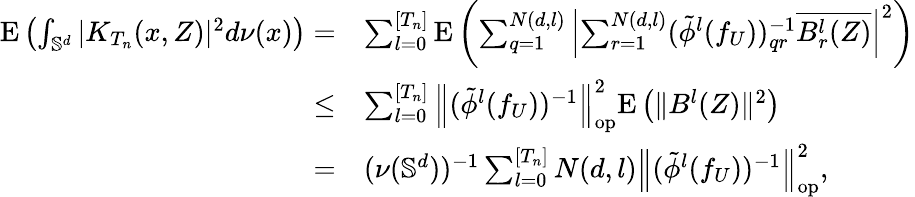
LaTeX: \begin{array}{rl}{\mathrm{E}\left(\int_{\mathbb{S}^{d}}|K_{T_{n}}(x,Z)|^{2}d\nu(x)\right)=}&{\sum_{l=0}^{[T_{n}]}\mathrm{E}\left(\sum_{q=1}^{N(d,l)}\left|\sum_{r=1}^{N(d,l)}(\tilde{\phi}^{l}(f_{U}))_{qr}^{-1}\overline{{B_{r}^{l}(Z)}}\right|^{2}\right)}\\ {\leq}&{\sum_{l=0}^{[T_{n}]}\left\| (\tilde{\phi}^{l}(f_{U}))^{-1}\right\| _{\mathrm{op}}^{2}\mathrm{E}\left(\| B^{l}(Z)\| ^{2}\right)}\\ {=}&{(\nu(\mathbb{S}^{d}))^{-1}\sum_{l=0}^{[T_{n}]}N(d,l)\left\| (\tilde{\phi}^{l}(f_{U}))^{-1}\right\| _{\mathrm{op}}^{2},}\end{array}